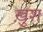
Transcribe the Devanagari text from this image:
खु़श